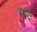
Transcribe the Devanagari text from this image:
मादे